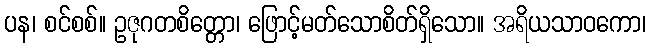
ပန၊ စင်စစ်။ ဥဇုဂတစိတ္တော၊ ဖြောင့်မတ်သောစိတ်ရှိသော။ အရိယသာဝကော၊